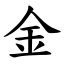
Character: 金